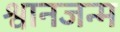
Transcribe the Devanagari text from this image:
श्वानजन्म